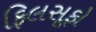
ફિલસૂફો